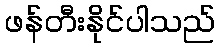
ဖန်တီးနိုင်ပါသည်